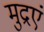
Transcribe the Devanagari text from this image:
मुद्रएं